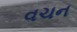
વચન